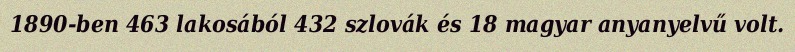
1890-ben 463 lakosából 432 szlovák és 18 magyar anyanyelvű volt.